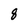
Character: 8